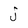
Character: j